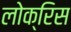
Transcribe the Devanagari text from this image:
लोक्रिस